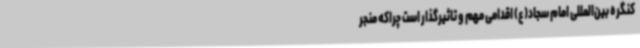
کنگره بین‌المللی امام سجاد(ع) اقدامی مهم و تاثیرگذار است چراکه منجر